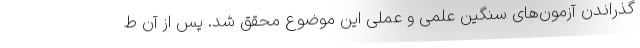
گذراندن آزمون‌های سنگین علمی و عملی این موضوع محقق شد. پس از آن ط